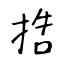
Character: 捁